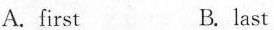
A.first B. last